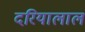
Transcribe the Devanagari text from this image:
दरियालाल